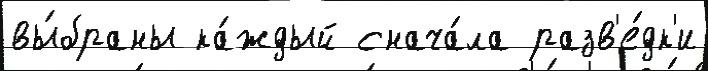
вы́браны ка́ждый снача́ла разв'е́дк'и